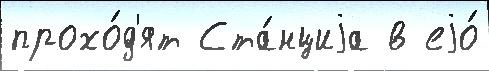
прохо́д'ят Ста́нциjа в еjо́